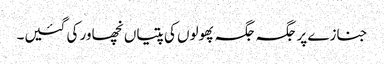
جنازے پر جگہ جگہ پھولوں کی پتیاں نچھاور کی گئیں۔